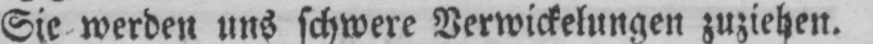
Sie werden uns schwere Verwickelungen zuziehen.